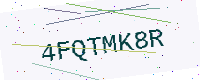
Text: 4FQTMK8R